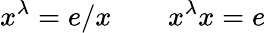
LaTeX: x^{\lambda}=e/x\qquad x^{\lambda}x=e